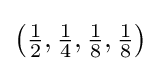
\textstyle \left({\frac {1}{2}},{\frac {1}{4}},{\frac {1}{8}},{\frac {1}{8}}\right)